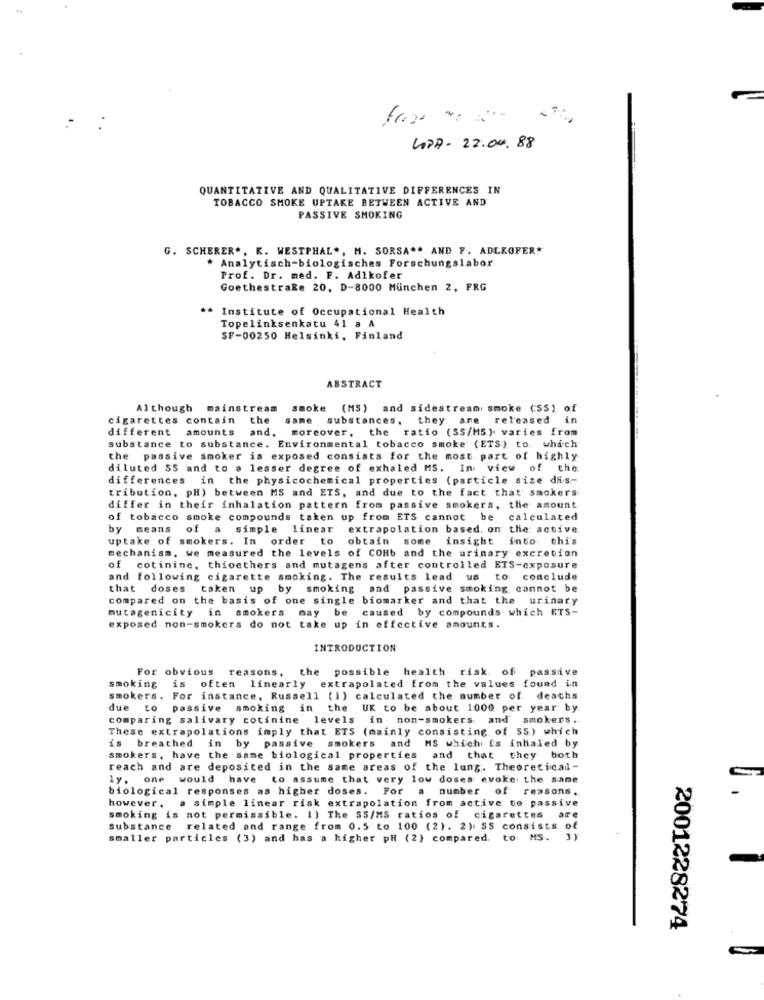
LAPA- 22.04. 88
QUANTITATIVE AND QUALITATIVE DIFFERENCES IN
TOBACCO SMOKE UPTAKE BETWEEN ACTIVE AND
PASSIVE SMOKING
G. SCHERER *, K. WESTPHAL ., M. SORSA .. AND F. ADLKOFER"
* Analytisch-biologisches Forschungslabor
Prof. Dr. med. F. Adlkofer
Goethestraße 20, D-8000 München 2, FRG
** Institute of Occupational Health
Topelinksenkatu 41 a A
SF-00250 Helsinki, Finland
ABSTRACT
Although mainstream
smoke (MS) and sidestream smoke (SS) of
cigarettes contain the
same
substances, they are released in
different amounts and, moreover, the ratio (SS/MS) varies from
and.
substance to substance. Environmental tobacco smoke (ETS) to. which
the passive smoker is exposed consists for the most part of highly
diluted SS and to a lesser degree of exhaled MS. In view of the
differences in the physicochemical properties (particle size dis-
tribution, pH) between MS and ETS, and due to the fact that smokers
differ in their inhalation pattern from passive smokers, the amount
of tobacco smoke compounds taken up from ETS cannot be calculated
by means of a simple linear
extrapolation based, on the: active
uptake of smokers. In order to obtain some insight into chi's
mechanism, we measured the levels of COHb and the urinary excretion
of cotinine, thioethers and mutagens after controlled ETS-exposure
and following cigarette smoking. The results lead us to conclude
that doses taken up by smoking and passive smoking, cannot be
compared on the basis of one single biomarker and that the urinary
mutagenicity in smokers may be caused by compounds which ETS-
exposed non-smokers do not take up in effective amounts.
INTRODUCTION
For obvious reasons, the possible health risk. of passive
smoking
is often linearly extrapolated from the values found in
smokers. For instance, Russell (1) calculated the number of. deaths
due to passive smoking in the UK to be about 1000 per year by
comparing salivary cotinine levels in non-smokers
and smokers .
These extrapolations imply that ETS (mainly consisting of SS) which
is breathed in by passive smokers and MS which is inhaled by
smokers, have the same biological properties and that
they both
reach and are deposited in the same areas of the lung. Theoretical-
ly, one would have to assume that very low doses evoke the same
biological responses as higher doses. For a number of reasons.
however, a simple linear risk extrapolation from active to passive
smoking is not permissible. I) The SS/MS ratios of cigarettes are
substance related and range from 0.5 to 100 (2). 2) SS consists of
smaller particles (3) and has a higher pH (2) compared. to: MS.
2001228274